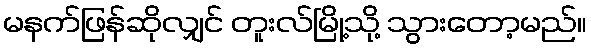
မနက်ဖြန်ဆိုလျှင် တူးလ်မြို့သို့ သွားတော့မည်။